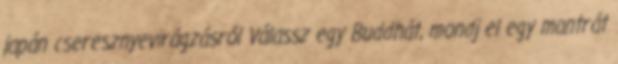
japán cseresznyevirágzásról Válassz egy Buddhát, mondj el egy mantrát